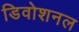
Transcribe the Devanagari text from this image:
डिवोशनल